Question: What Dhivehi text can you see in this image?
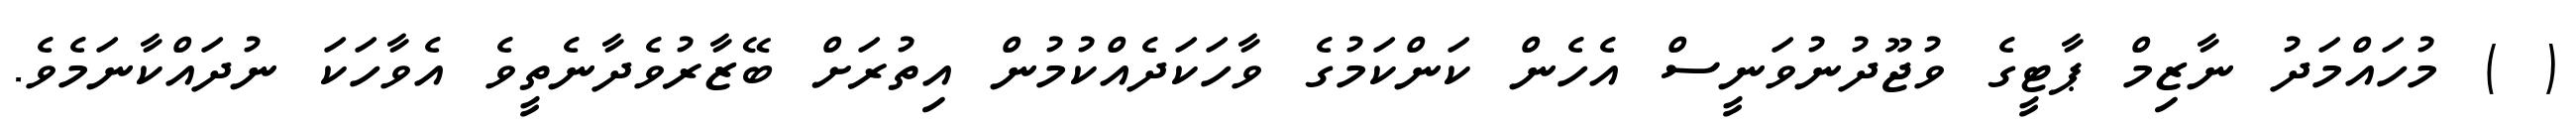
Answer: ( ) މުހައްމަދު ނާޒިމް ޕާޓީގެ ވުޖޫދުނުވަނީސް އެހެން ކަންކަމުގެ ވާހަކަދެއްކުމުން އިތުރަށް ބޭޒާރުވެދާނެތީވެ އެވާހަކަ ނުދައްކާނަމެވެ.